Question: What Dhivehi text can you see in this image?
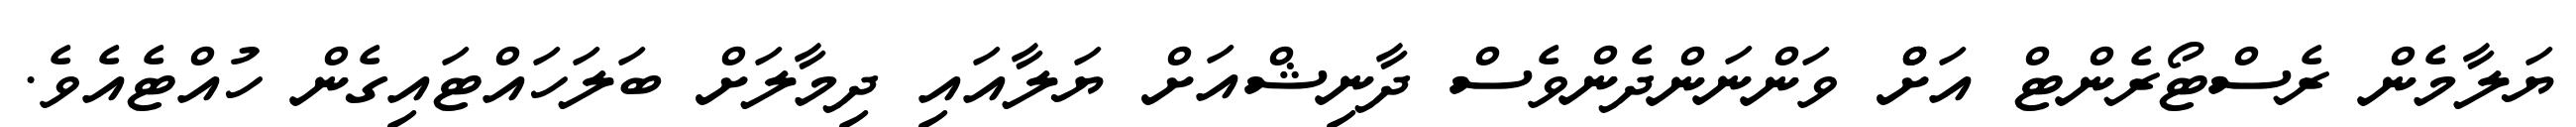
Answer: ޔަލާމެން ރެސްޓޯރެންޓް އަށްް ވަންނަންދެންވެސް ދާނިޝްއަށް ޔަލާއައި ދިމާލަށް ބަލަހައްޓައިގެން ހުއްޓެއެވެ.